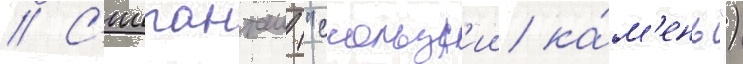
// С'иипанташ ("скользк'ии ка́м'ень")